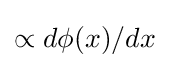
\propto d\phi (x)/dx